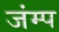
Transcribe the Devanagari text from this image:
जंम्प